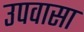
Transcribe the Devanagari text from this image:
उपवासा